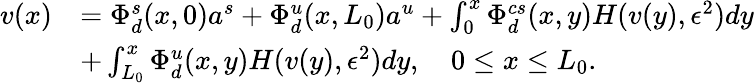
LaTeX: \begin{array}{rl}{v(x)}&{=\Phi_{d}^{s}(x,0)a^{s}+\Phi_{d}^{u}(x,L_{0})a^{u}+\int_{0}^{x}\Phi_{d}^{cs}(x,y)H(v(y),\epsilon^{2})dy}\\ &{+\int_{L_{0}}^{x}\Phi_{d}^{u}(x,y)H(v(y),\epsilon^{2})dy,\quad 0\leq x\leq L_{0}.}\end{array}